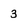
Character: 3